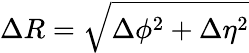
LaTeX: \Delta R=\sqrt{\Delta\phi^{2}+\Delta\eta^{2}}